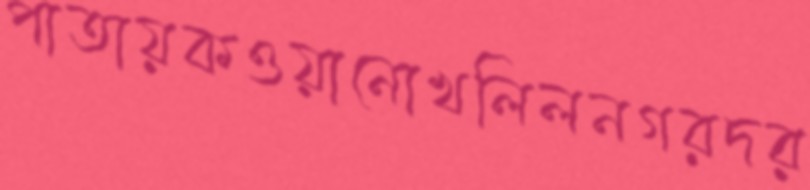
পাতায়কওয়ানোখলিলনগরদর